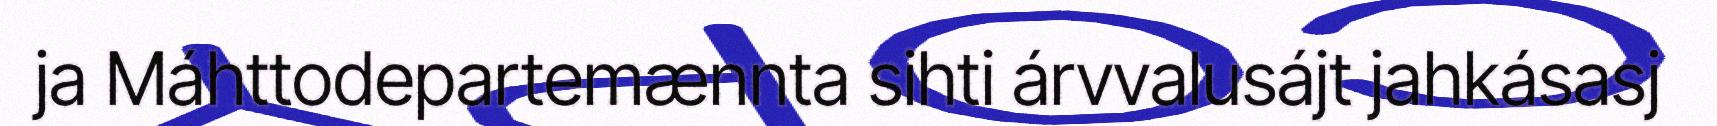
ja Máhttodepartemænnta sihti árvvalusájt jahkásasj